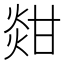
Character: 𤊼